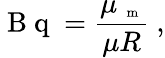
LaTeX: \mathrm{~B~q~}=\frac{\mu_{\mathrm{~\scriptsize~m~}}}{\mu R}\ ,